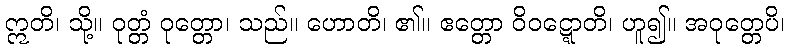
ဣတိ၊ သို့။ ဝုတ္တံ ဝုတ္တော၊ သည်။ ဟောတိ၊ ၏။ ဧတ္တော ဝိဝဋ္ဋောတိ၊ ဟူ၍။ အဝုတ္တေပိ၊